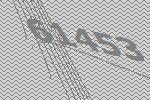
61453